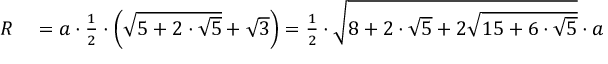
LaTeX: \begin{array} { r l } { R } & { { } = a \cdot { \frac { 1 } { 2 } } \cdot \left( { \sqrt { 5 + 2 \cdot { \sqrt { 5 } } } } + { \sqrt { 3 } } \right) = { \frac { 1 } { 2 } } \cdot { \sqrt { 8 + 2 \cdot { \sqrt { 5 } } + 2 { \sqrt { 1 5 + 6 \cdot { \sqrt { 5 } } } } } } \cdot a } \end{array}